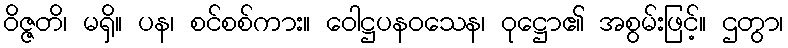
ဝိဇ္ဇတိ၊ မရှိ။ ပန၊ စင်စစ်ကား။ ဝေါဋ္ဌပနဝသေန၊ ဝုဋ္ဌော၏ အစွမ်းဖြင့်။ ဌတွာ၊